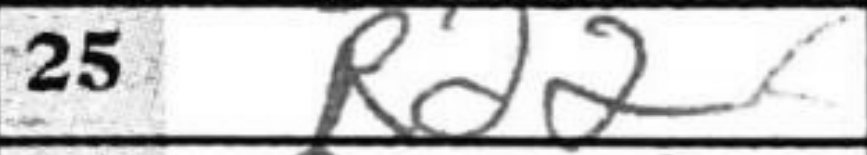
Transcription: Rd2